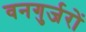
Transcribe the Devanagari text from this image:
वनगुर्जरों